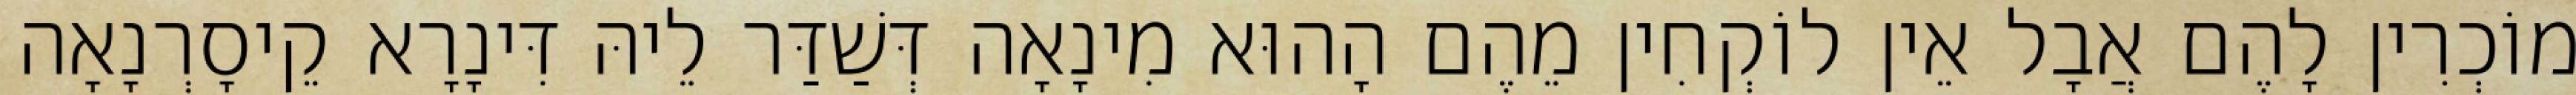
מוֹכְרִין לָהֶם אֲבָל אֵין לוֹקְחִין מֵהֶם הָהוּא מִינָאָה דְּשַׁדַּר לֵיהּ דִּינָרָא קֵיסָרְנָאָה